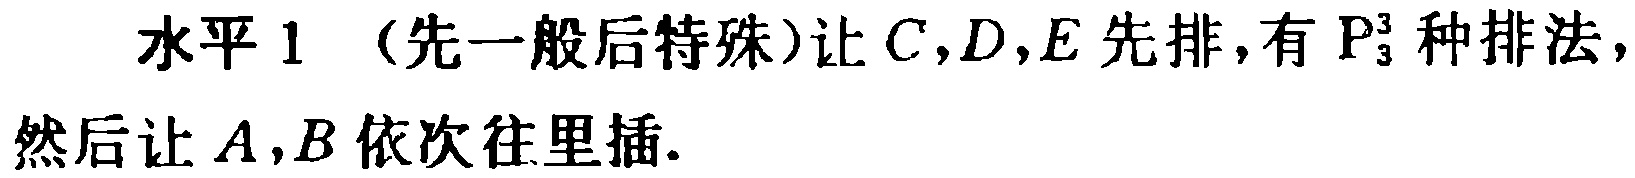
水平 1 （先一般后特殊）让 \(C,D,E\) 先排，有 \(\mathrm{P}_{3}^{3}\) 种排法，然后让 \(A,B\) 依次往里插.